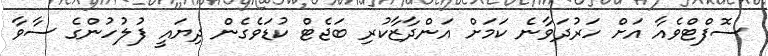
ސޮފްޓްވެއާ އަށް ހަރުދަވާނެ ކަމަށް އަންދާޒާކުރި ބަޖެޓް ކުޑަވެގެން ދިޔައީ ފުލުހުންގެ ސާވާ